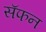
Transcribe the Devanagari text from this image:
सॅफन